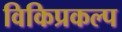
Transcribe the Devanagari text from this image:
विकिप्रकल्प